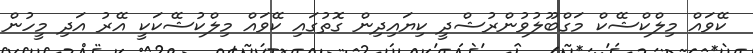
ކޭވައް މިލްކްޝޭކް މަގްބޫލުވުންރުޝްދީ ކިޔައިދިން ގޮތުގައި ކޭވައް މިލްކުޝޭކަކީ އޭރު އަދި މީހުން